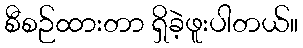
စီစဉ်ထားတာ ရှိခဲ့ဖူးပါတယ်။